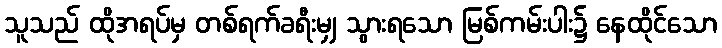
သူသည် ထိုအရပ်မှ တစ်ရက်ခရီးမျှ သွားရသော မြစ်ကမ်းပါး၌ နေထိုင်သော